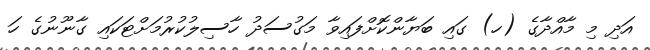
އަދި މި މާއްދާގެ (ހ) ގައި ބަޔާންކޮށްފައިވާ މަގުސަދު ހާސިލުކުރުމަށްޓަކައި ގާނޫނުގެ ހަ